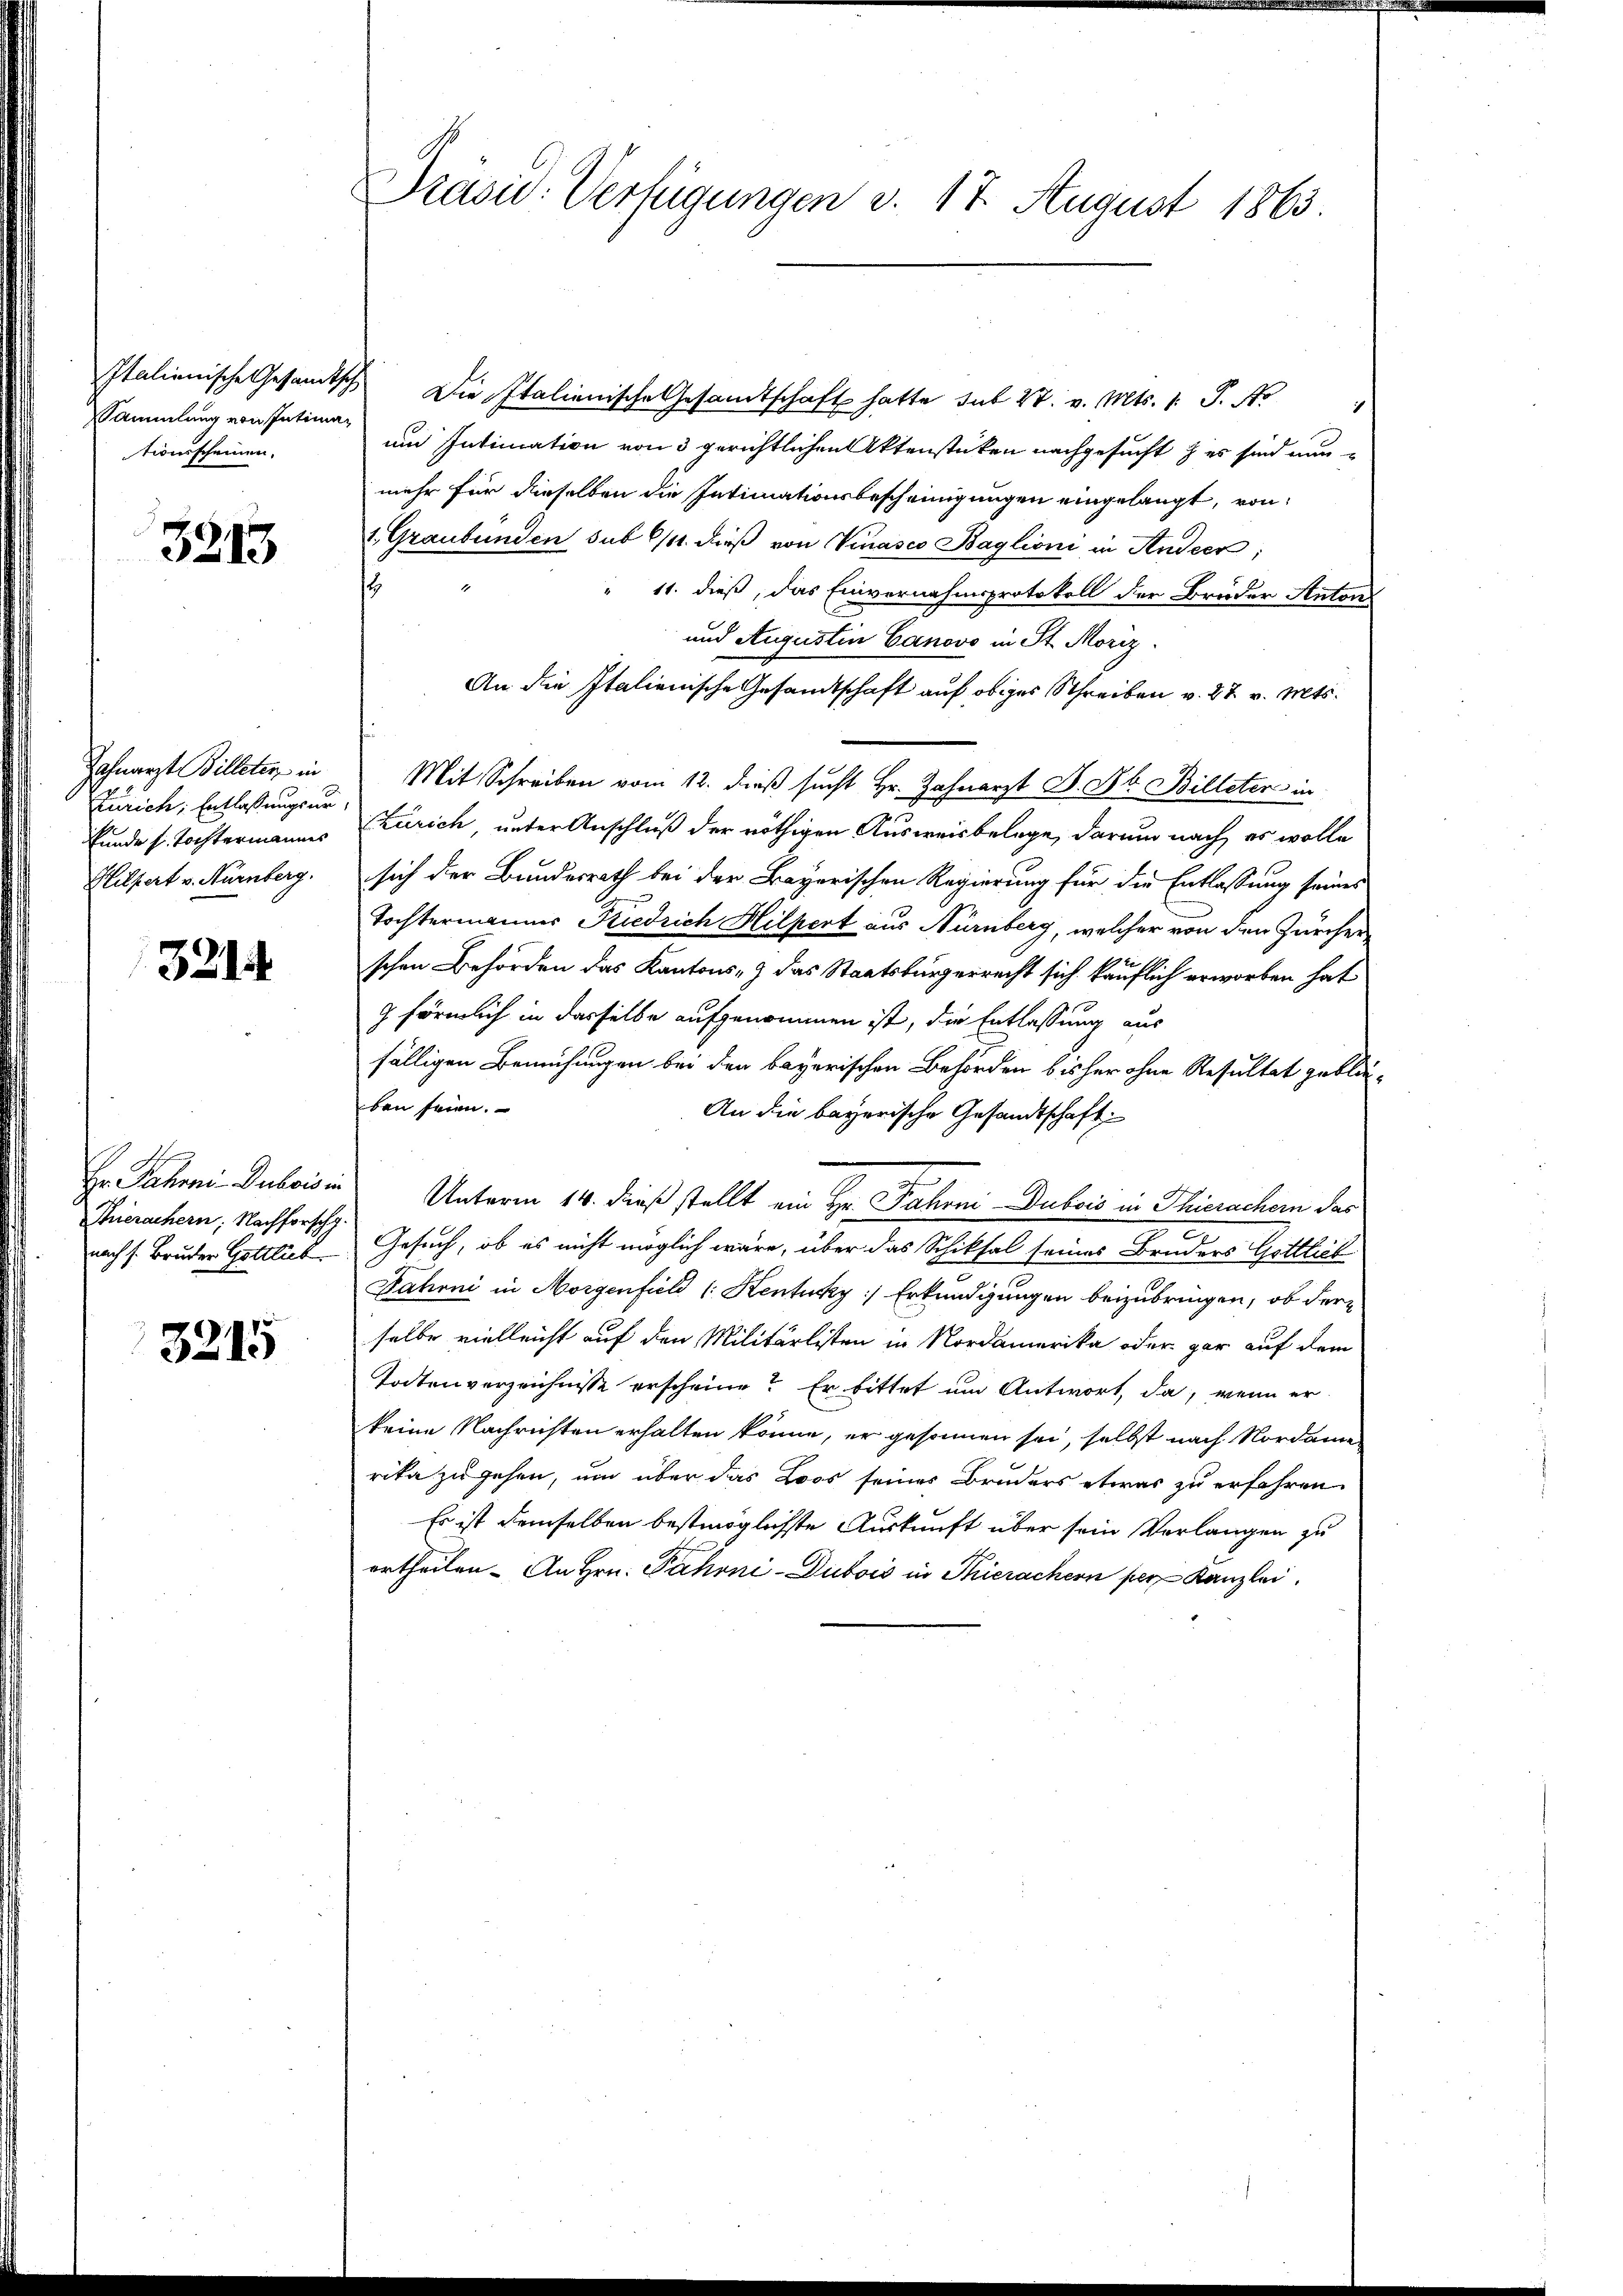
Sammlung von Intimationsscheinen.

3313

Zahnarzt Billeter in
Zürich, Entlassungsur
funde s. Tochtermannes
Hilfert v. Nürnberg.

3214

Hr Jahrni Dubois in
Thierachern: Nachforsch
nach s. Bruder Gottlieb.

3215

Präsid. Verfügungen v. 17. August 1863.

Italienische Gesamtsch Die Italienische Gesandtschaft hatte sub 27. v. Mts. 1. P. No
und Intimation von 3 gerichtlichen Aktenstücken nachgesucht & er sind nun
mehr für dieselben die Intimationsbescheinigungen eingelangt, von
1. Graubünden sub 6/11. dieß von Kinasco Baglioni in Andeer;
s
" 11. dieß, das Einvernahmsprotokoll der Bruder Anton
und Augustin Canovo in St. Moriz
An die Italienische Gesandtschaft auf obiges Schreiben v. 27. v. Mts.
Mit Schreiben vom 12. dieß sucht Hr. Zahnarzt J. F. Billeten in
(Zürich, unter Anschluß der nöthigen Ausweisbelege, darum nach es wolle
sich der Bundesrath bei der Bayerischen Regierung für die Entlassung seines
Tochtermannes Kiedrich Hilpert aus Nürnberg, welcher von den Zürcher
schen Behörden das Kantons & das Staatsbürgerrecht sich käuflich erworben hat
g förmlich in derselbe aufgenommen ist, die Entlassung aus
fälligen Bemühungen bei den bayerischen Behörden bisher ohne Resultat geblie-
ben seien.
An die bayerische Gesandtschaft
Unterm 14. dieß stellt ein Hr. Fahrni-Dubois in Thierachern das
Gesuch, ob es nicht möglich wäre, über das Schicksal seiner Bruders Gittlich
Jahrni in Morgenfield (: Kentuky) Erkundigungen beizubringen, ob der
selbe vielleicht auf den Militärlisten in Nordamerika oder gar auf dem
Todtenverzeichnisse erscheine? Er bittet und Antwort, da, wenn er
keine Nachrichten erhalten könne, er gesonnen sei, selbst nach Nordame
rika zu gehen, um über das Loos seines Bruders etwas zu erfahren.
Es ist demselben bestmöglichste Auskunft über sein Verlangen zu
ertheilen. An Hrn. Fahrni-Dubois in Thierachern per Kanzlei